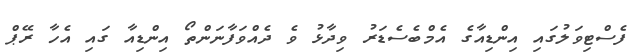
ފެސްޓިވަލުގައި އިންޑިއާގެ އެމްބެެސެޑަރު ވިދާޅު ވެ ދެއްވަފާނަންތޯ އިންޑިއާ ގައި އެހާ ރޭޕް